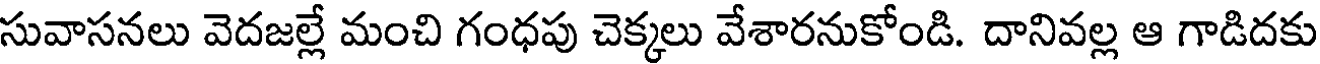
సువాసనలు వెదజల్లే మంచి గంధపు చెక్కలు వేశారనుకోండి. దానివల్ల ఆ గాడిదకు